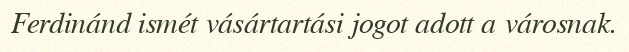
Ferdinánd ismét vásártartási jogot adott a városnak.